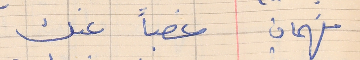
فهمان      غصباً عنك